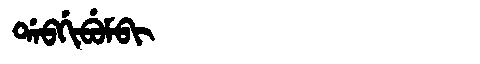
Manchu: ᡩᠠᠪᡤᡳᠪᡠᠮᠪᡳ
Romanization: DABGIBUMBI